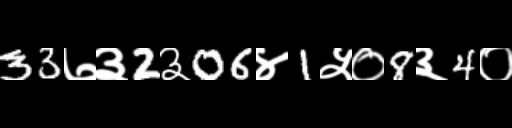
Text: 33७३2३06४1५०8३4०